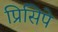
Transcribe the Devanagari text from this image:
प्रिसिपे